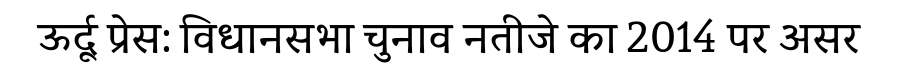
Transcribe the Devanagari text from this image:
ऊर्दू प्रेस: विधानसभा चुनाव नतीजे का 2014 पर असर